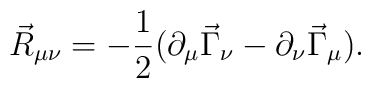
\vec{R}_{\mu \nu} =  - \frac{1}{2} ( \partial_\mu \vec{\Gamma}_\nu - \partial_\nu \vec{\Gamma}_\mu ) .